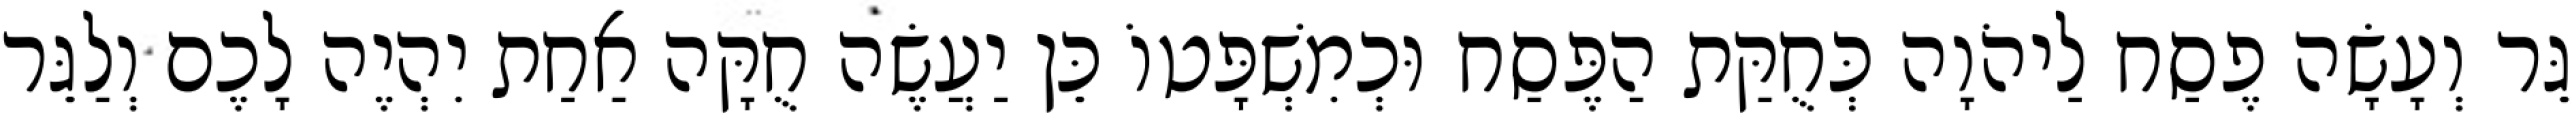
גֵּר וְעָשָׂה פֶסַח לַיהֹוָה כְּחֻקַּת הַפֶּסַח וּכְמִשְׁפָּטוֹ כֵּן יַעֲשֶׂה חֻקָּה אַחַת יִהְיֶה לָכֶם וְלַגֵּר